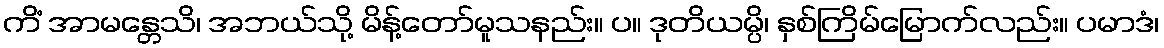
ကိံ အာမန္တေသိ၊ အဘယ်သို့ မိန့်တော်မူသနည်း။ ပ။ ဒုတိယမ္ပိ၊ နှစ်ကြိမ်မြောက်လည်း။ ပမာဒံ၊